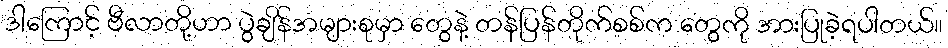
ဒါကြောင့် ဗီလာတို့ဟာ ပွဲချိန်အများစုမှာ တွေနဲ့ တန်ပြန်တိုက်စစ်က တွေကို အားပြုခဲ့ရပါတယ်။